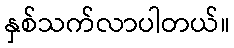
နှစ်သက်လာပါတယ်။